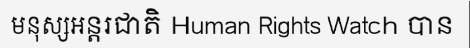
មនុស្សអន្តរជាតិ Human Rights Watch បាន